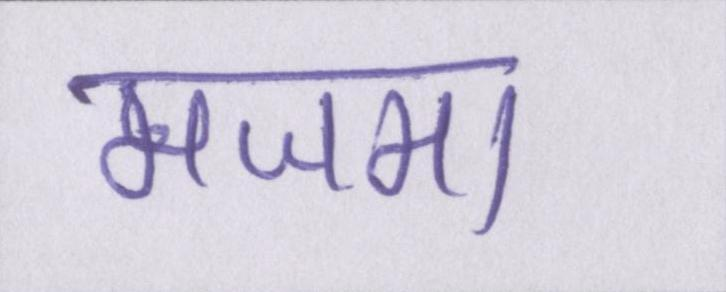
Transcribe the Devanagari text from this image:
मजमा